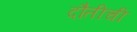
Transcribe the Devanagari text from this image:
दौतीची